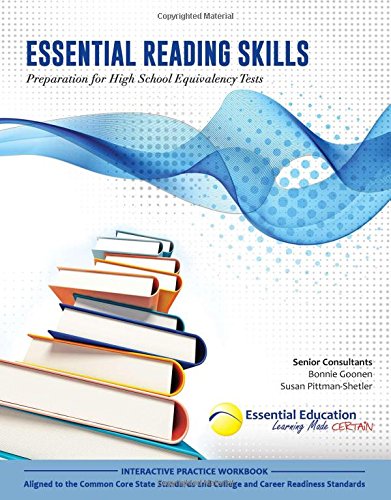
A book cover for Essential Reading Skills, Preparation for High School Equivalency Tests; Teresa Perrin; Test Preparation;